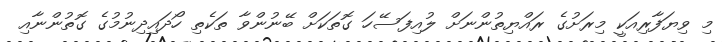
މި ވިޔަފާރިއަކީ މިރަށުގެ ރައްޔިތުންނަށް ލުއިފަސޭހަ ގޮތަކަށް ބޭނުންވާ ތަކެތި ހޯދައިދިނުމުގެ ގޮތުންނާއި